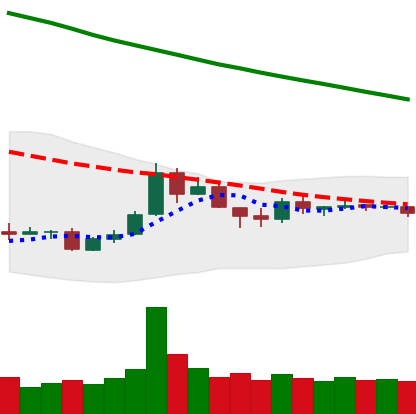
Ticker: TRX-USD
Chart end date: 2018-10-03
Forward return: 23.111%
Label: up_7plus